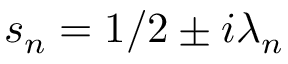
s _ { n } = 1 / 2 \pm i \lambda _ { n }